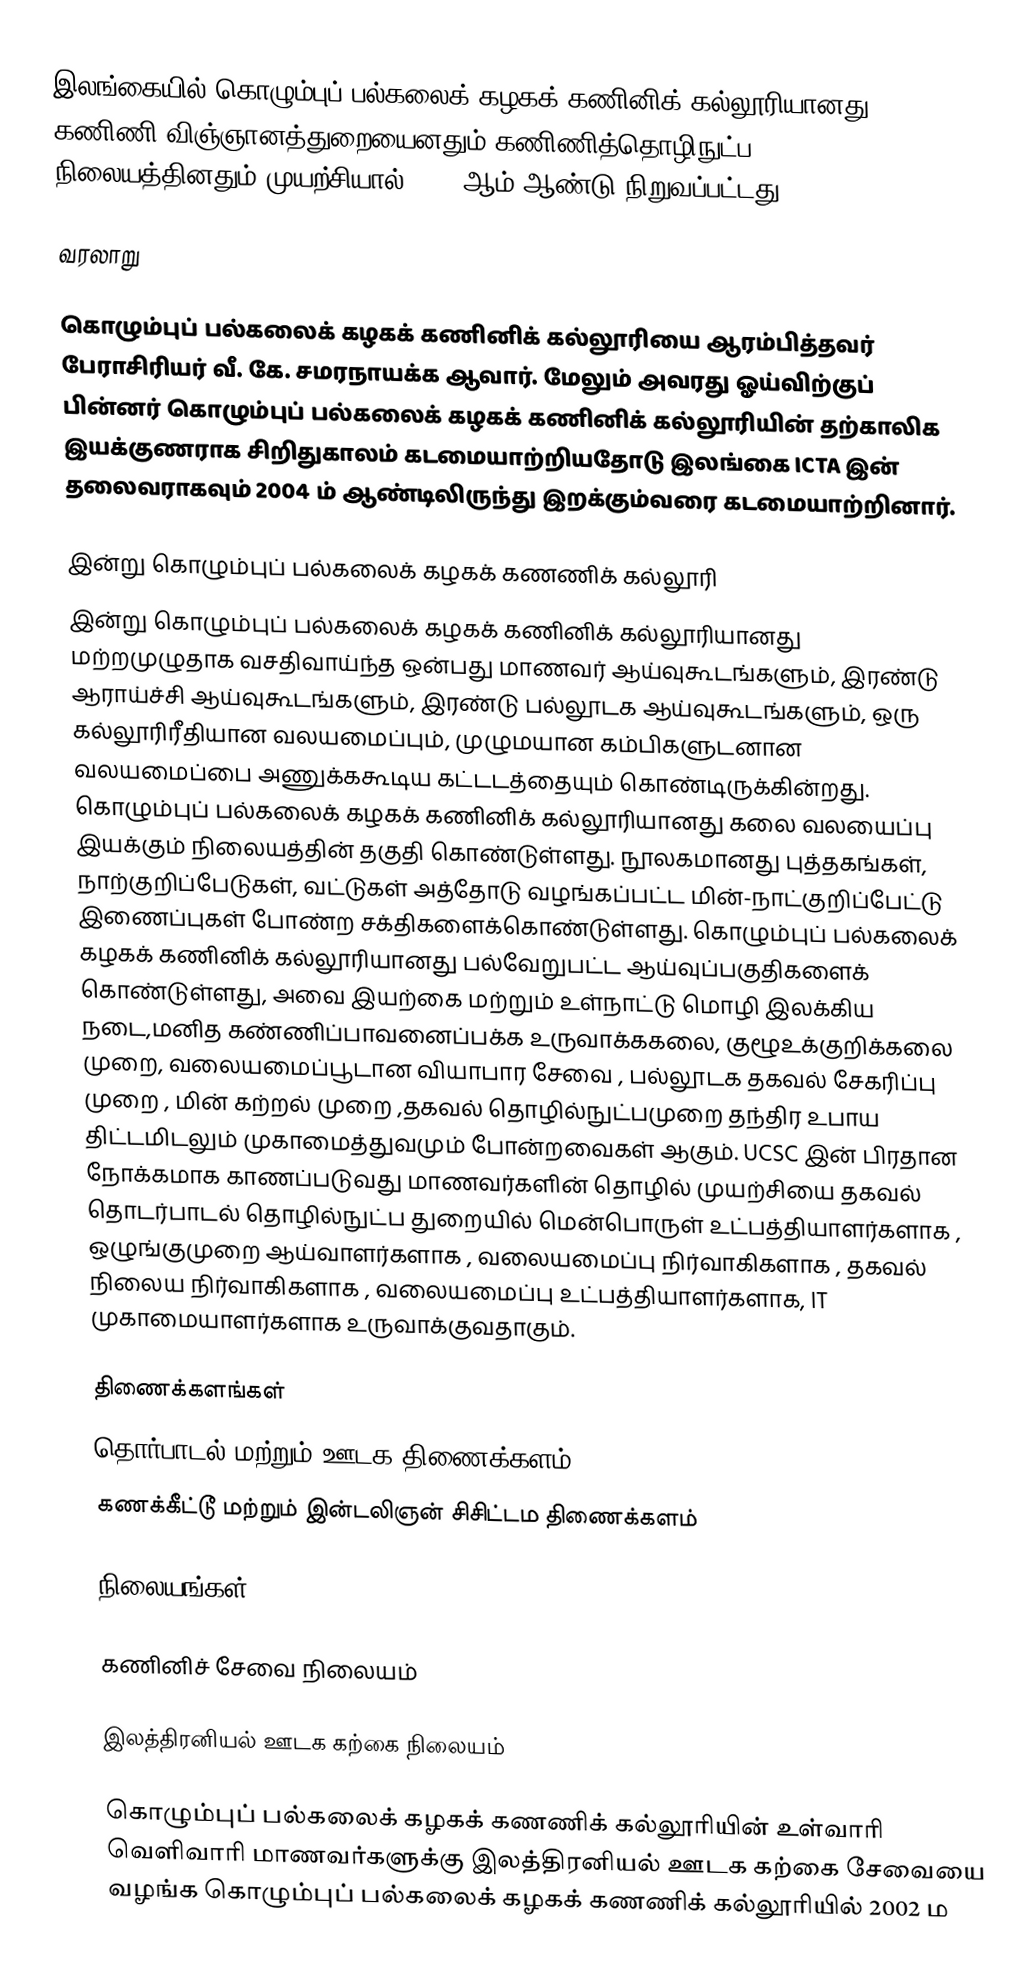
இலங்கையில் கொழும்புப் பல்கலைக் கழகக் கணினிக் கல்லூரியானது கணிணி விஞ்ஞானத்துறையைனதும் கணிணித்தொழிநுட்ப நிலையத்தினதும் முயற்சியால் 2002 ஆம் ஆண்டு நிறுவப்பட்டது.

வரலாறு

கொழும்புப் பல்கலைக் கழகக் கணினிக் கல்லூரியை ஆரம்பித்தவர் பேராசிரியர் வீ. கே. சமரநாயக்க ஆவார். மேலும் அவரது ஓய்விற்குப் பின்னர் கொழும்புப் பல்கலைக் கழகக் கணினிக் கல்லூரியின் தற்காலிக இயக்குணராக சிறிதுகாலம் கடமையாற்றியதோடு இலங்கை ICTA இன் தலைவராகவும் 2004 ம் ஆண்டிலிருந்து இறக்கும்வரை கடமையாற்றினார்.

இன்று கொழும்புப் பல்கலைக் கழகக் கணணிக் கல்லூரி
இன்று கொழும்புப் பல்கலைக் கழகக் கணினிக் கல்லூரியானது மற்றமுழுதாக வசதிவாய்ந்த ஒன்பது மாணவர் ஆய்வுகூடங்களும், இரண்டு ஆராய்ச்சி  ஆய்வுகூடங்களும், இரண்டு பல்லூடக ஆய்வுகூடங்களும், ஒரு கல்லூரிரீதியான வலயமைப்பும், முழுமயான கம்பிகளுடனான வலயமைப்பை அணுக்ககூடிய கட்டடத்தையும் கொண்டிருக்கின்றது. கொழும்புப் பல்கலைக் கழகக் கணினிக் கல்லூரியானது கலை வலயைப்பு இயக்கும் நிலையத்தின் தகுதி கொண்டுள்ளது. நூலகமானது புத்தகங்கள், நாற்குறிப்பேடுகள், வட்டுகள் அத்தோடு வழங்கப்பட்ட மின்-நாட்குறிப்பேட்டு இணைப்புகள் போண்ற சக்திகளைக்கொண்டுள்ளது. கொழும்புப் பல்கலைக் கழகக் கணினிக் கல்லூரியானது பல்வேறுபட்ட ஆய்வுப்பகுதிகளைக் கொண்டுள்ளது, அவை இயற்கை மற்றும் உள்நாட்டு மொழி இலக்கிய நடை,மனித கண்ணிப்பாவனைப்பக்க உருவாக்ககலை, குழூஉக்குறிக்கலை முறை, வலையமைப்பூடான வியாபார சேவை , பல்லூடக தகவல் சேகரிப்பு முறை , மின் கற்றல் முறை ,தகவல் தொழில்நுட்பமுறை தந்திர உபாய திட்டமிடலும் முகாமைத்துவமும் போன்றவைகள் ஆகும். UCSC இன் பிரதான நோக்கமாக காணப்படுவது மாணவர்களின் தொழில் முயற்சியை தகவல் தொடர்பாடல் தொழில்நுட்ப துறையில் மென்பொருள் உட்பத்தியாளர்களாக , ஒழுங்குமுறை ஆய்வாளர்களாக , வலையமைப்பு நிர்வாகிகளாக , தகவல் நிலைய நிர்வாகிகளாக , வலையமைப்பு உட்பத்தியாளர்களாக, IT முகாமையாளர்களாக உருவாக்குவதாகும்.

திணைக்களங்கள்
தொர்பாடல் மற்றும் ஊடக திணைக்களம்
கணக்கீட்டூ மற்றும் இன்டலிஞன் சிசிட்டம திணைக்களம்

நிலையங்கள்

கணினிச் சேவை நிலையம்

இலத்திரனியல் ஊடக கற்கை நிலையம்

கொழும்புப் பல்கலைக் கழகக் கணணிக் கல்லூரியின் உள்வாரி வெளிவாரி மாணவர்களுக்கு இலத்திரனியல் ஊடக கற்கை சேவையை வழங்க கொழும்புப் பல்கலைக் கழகக் கணணிக் கல்லூரியில் 2002 ம